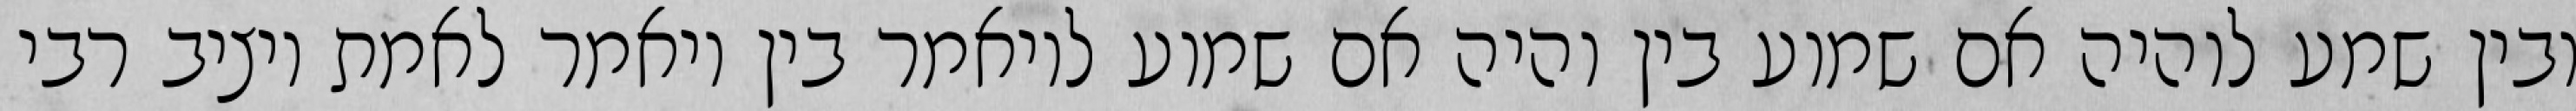
ובין שמע לוהיה אם שמוע בין והיה אם שמוע לויאמר בין ויאמר לאמת ויציב רבי